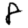
Digit: 8